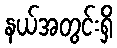
နယ်အတွင်းရှိ